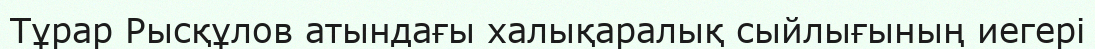
Тұрар Рысқұлов атындағы халықаралық сыйлығының иегері